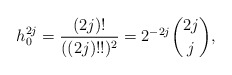
\begin{align*}h_{0}^{2j}=\frac{(2j)!}{((2j)!!)^2}=2^{-2j}\binom{2j}{j},\end{align*}